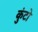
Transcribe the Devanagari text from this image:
कुंटो